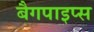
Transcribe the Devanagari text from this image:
बैगपाइप्स